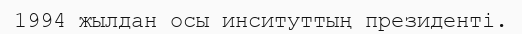
1994 жылдан осы инситуттың президенті.